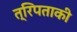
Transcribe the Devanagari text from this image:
त्रिपताकी